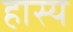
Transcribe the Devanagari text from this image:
हास्‍य